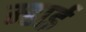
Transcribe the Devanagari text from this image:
म्हाई